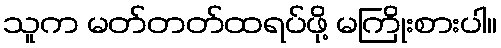
သူက မတ်တတ်ထရပ်ဖို့ မကြိုးစားပါ။